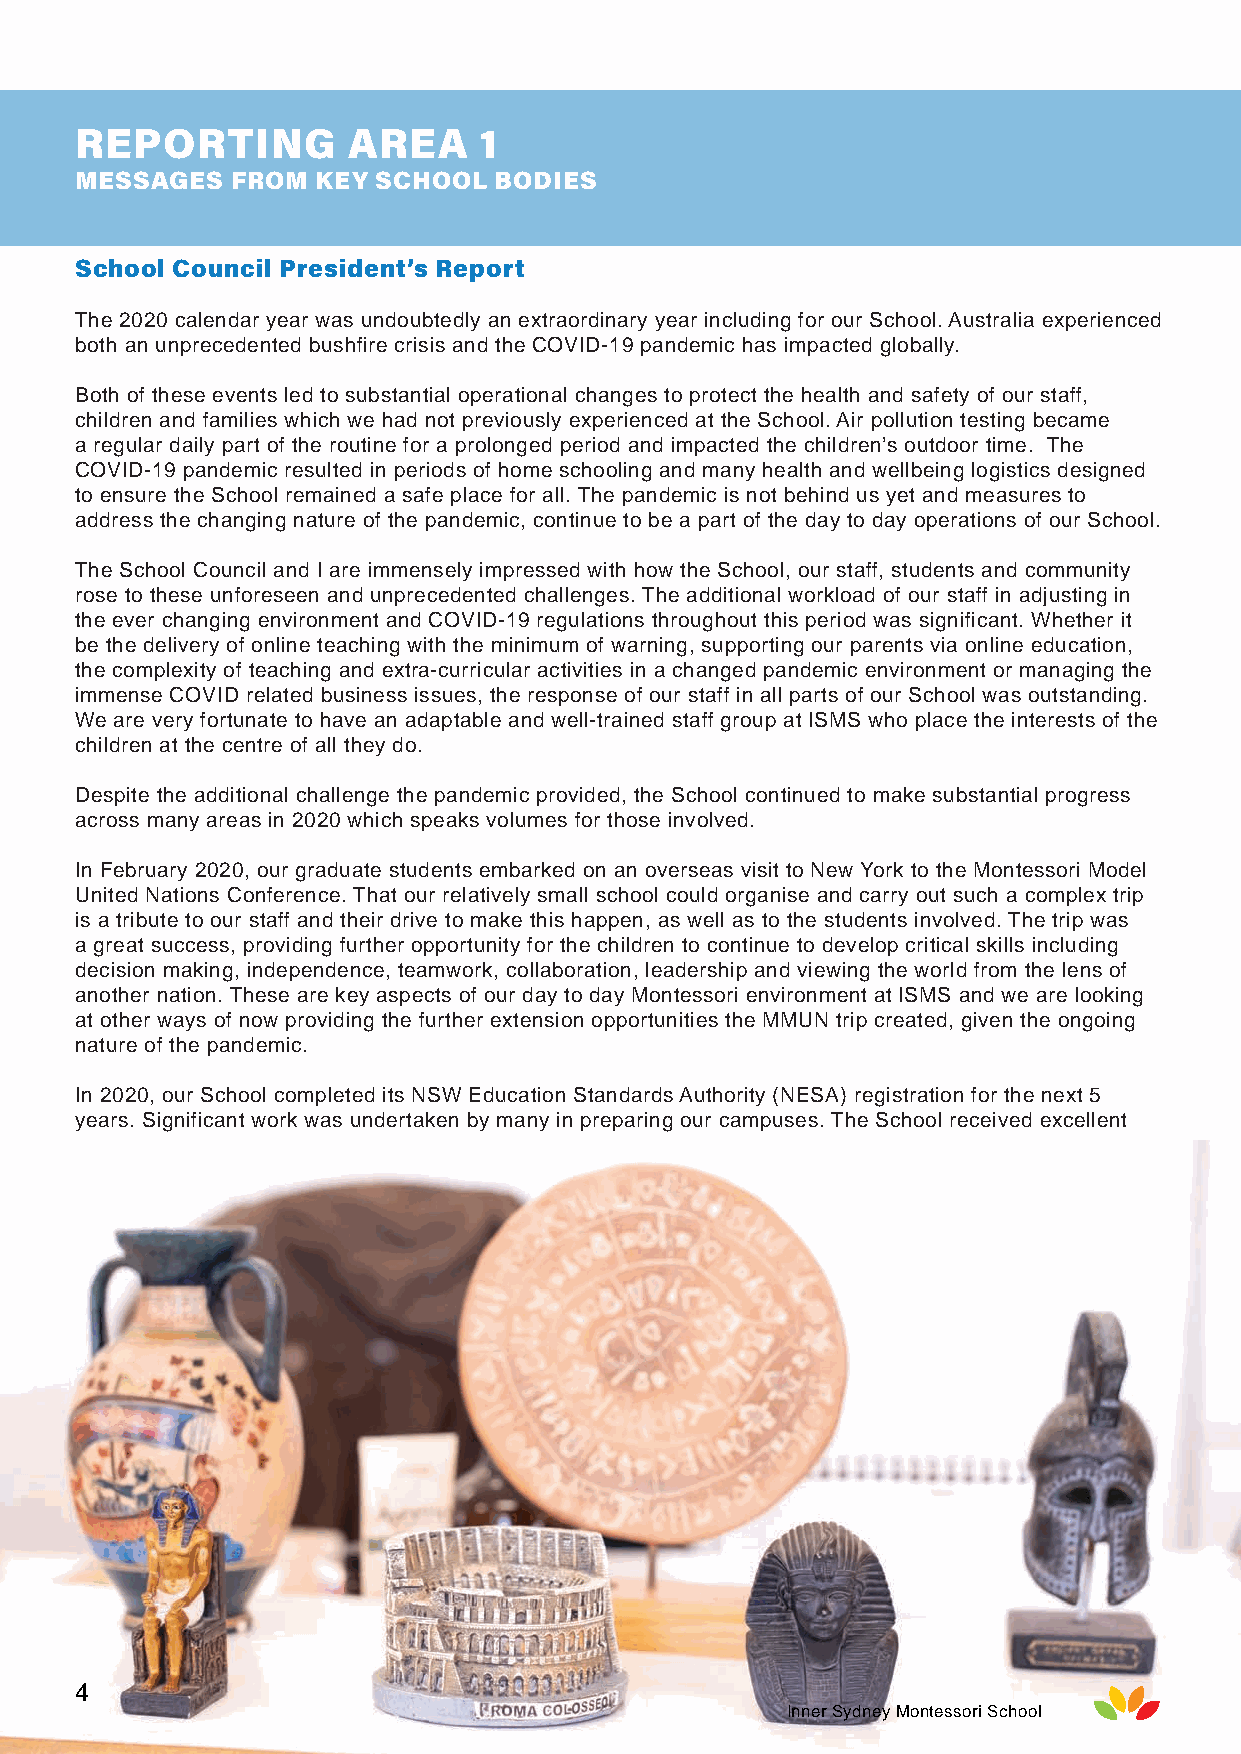
REPORTING         AREA     1
 MESSAGES  FROM  KEY SCHOOL  BODIES
 School Council President’s Report
 The 2020 calendar year was undoubtedly an extraordinary year including for our School. Australia experienced
 both an unprecedented bushfire crisis and the COVID-19 pandemic has impacted globally.
 Both of these events led to substantial operational changes to protect the health and safety of our staff,
 children and families which we had not previously experienced at the School. Air pollution testing became
 a regular daily part of the routine for a prolonged period and impacted the children’s outdoor time. The
 COVID-19 pandemic resulted in periods of home schooling and many health and wellbeing logistics designed
 to ensure the School remained a safe place for all. The pandemic is not behind us yet and measures to
 address the changing nature of the pandemic, continue to be a part of the day to day operations of our School.
 The School Council and I are immensely impressed with how the School, our staff, students and community
 rose to these unforeseen and unprecedented challenges. The additional workload of our staff in adjusting in
 the ever changing environment and COVID-19 regulations throughout this period was significant. Whether it
 be the delivery of online teaching with the minimum of warning, supporting our parents via online education,
 the complexity of teaching and extra-curricular activities in a changed pandemic environment or managing the
 immense COVID related business issues, the response of our staff in all parts of our School was outstanding.
 We are very fortunate to have an adaptable and well-trained staff group at ISMS who place the interests of the
 children at the centre of all they do.
 Despite the additional challenge the pandemic provided, the School continued to make substantial progress
 across many areas in 2020 which speaks volumes for those involved.
 In February 2020, our graduate students embarked on an overseas visit to New York to the Montessori Model
 United Nations Conference. That our relatively small school could organise and carry out such a complex trip
 is a tribute to our staff and their drive to make this happen, as well as to the students involved. The trip was
 a great success, providing further opportunity for the children to continue to develop critical skills including
 decision making, independence, teamwork, collaboration, leadership and viewing the world from the lens of
 another nation. These are key aspects of our day to day Montessori environment at ISMS and we are looking
 at other ways of now providing the further extension opportunities the MMUN trip created, given the ongoing
 nature of the pandemic.
 In 2020, our School completed its NSW Education Standards Authority (NESA) registration for the next 5
 years. Significant work was undertaken by many in preparing our campuses. The School received excellent
 4
 Inner Sydney Montessori School